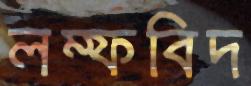
লম্ফবিদ